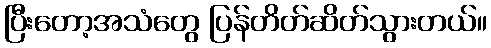
ပြီးတော့အသံတွေ ပြန်တိတ်ဆိတ်သွားတယ်။